Civil Veterinary Department Bihar & Orissa reports 1929-36 - 1929-1936
Year: 1929
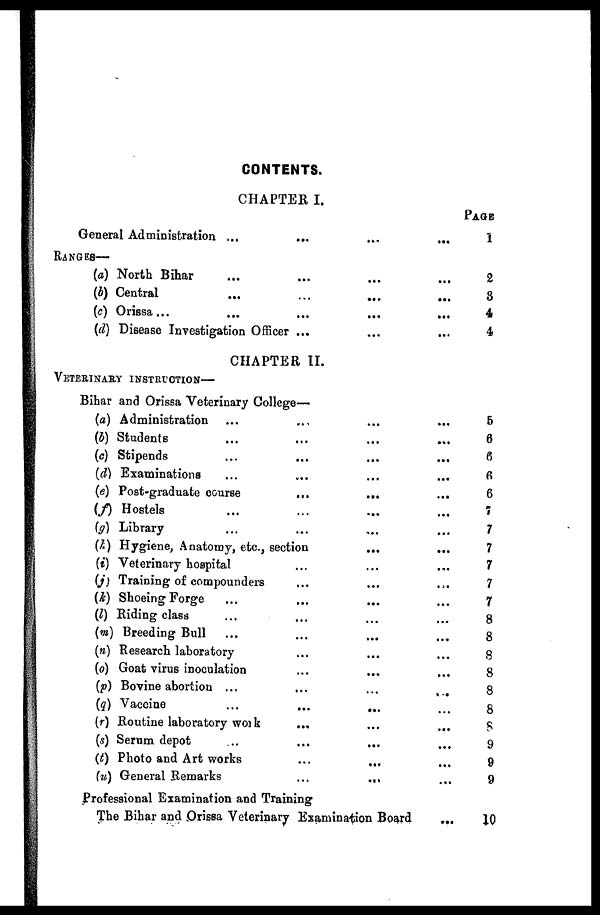
CONTENTS.
CHAPTER I.
General Administration ... ... ...
RANGES—
(a) North Bihar ... ... ...
(b) Central ... ... ...
(c) Orissa ... ... ...
(d) Disease Investigation Officer ... ... ...
PAGE
1
2
3
4
4
CHAPTER II.
VETERINARY INSTRUCTION—
Bihar and Orissa Veterinary College—
(a) Administration ... ... ... ...
(b) Students ... ... ... ...
(c) Stipends ... ... ... ...
(d)
Examinations ... ... ... ...
(e) Post-graduate course ... ... ...
(f) Hostels ... ... ... ...
(g) Library ... ... ... ...
(h) Hygiene, Anatomy, etc., section ... ...
(i) Veterinary hospital ... ... ...
(j) Training of compounders ... ... ...
(k) Shoeing Forge ... ... ... ...
(l) Riding class ... ... ... ...
(m) Breeding Bull ... ... ... ...
(n) Research laboratory ... ... ...
(o) Goat virus inoculation ... ... ...
(p) Bovine abortion ... ... ... ...
(q) Vaccine ... ... ... ...
(r) Routine laboratory work ... ... ...
(s) Serum depot ... ... ... ...
(t) Photo and Art works ... ... ...
(u) General Remarks ... ... ...
Professional Examination and Training
The Bihar and Orissa Veterinary Examination Board
...
5
6
6
6
6
7
7
7
7
7
7
8
8
8
8
8
8
8
9
9
9
10